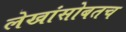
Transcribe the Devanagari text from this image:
लेखांसोबतच